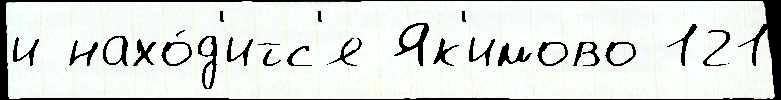
и нахо́д'итс'я Як'имово 121